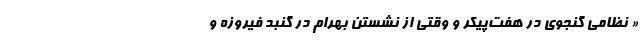
« نظامی گنجوی در هفت‌پیکر و وقتی از نشستن بهرام در گنبد فیروزه و